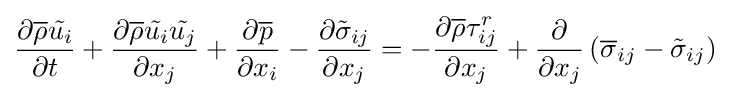
{\frac {\partial {\overline {\rho }}{\tilde {u_{i}}}}{\partial t}}+{\frac {\partial {\overline {\rho }}{\tilde {u_{i}}}{\tilde {u_{j}}}}{\partial x_{j}}}+{\frac {\partial {\overline {p}}}{\partial x_{i}}}-{\frac {\partial {\tilde {\sigma }}_{ij}}{\partial x_{j}}}=-{\frac {\partial {\overline {\rho }}\tau _{ij}^{r}}{\partial x_{j}}}+{\frac {\partial }{\partial x_{j}}}\left({\overline {\sigma }}_{ij}-{\tilde {\sigma }}_{ij}\right)